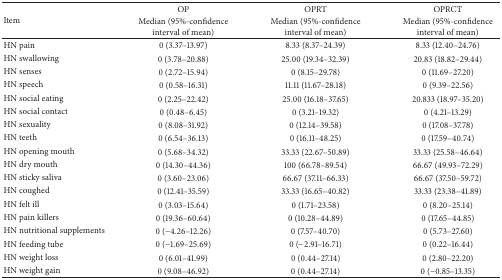
<table><thead><tr><td rowspan="2"><b>Item</b></td><td><b>OP</b></td><td><b>OPRT</b></td><td><b>OPRCT</b></td></tr><tr><td><b>Median (95%-confidence interval of mean)</b></td><td><b>Median (95%-confidence interval of mean)</b></td><td><b>Median (95%-confidence interval of mean)</b></td></tr></thead><tbody><tr><td>HN pain</td><td>0 (3.37–13.97)</td><td>8.33 (8.37–24.39)</td><td>8.33 (12.40–24.76)</td></tr><tr><td>HN swallowing</td><td>0 (3.78–20.88)</td><td>25.00 (19.34–32.39)</td><td>20.83 (18.82–29.44)</td></tr><tr><td>HN senses</td><td>0 (2.72–15.94)</td><td>0 (8.15–29.78)</td><td>0 (11.69–27.20)</td></tr><tr><td>HN speech</td><td>0 (0.58–16.31)</td><td>11.11 (11.67–28.18)</td><td>0 (9.39–22.56)</td></tr><tr><td>HN social eating</td><td>0 (2.25–22.42)</td><td>25.00 (16.18–37.65)</td><td>20.833 (18.97–35.20)</td></tr><tr><td>HN social contact</td><td>0 (0.48–6.45)</td><td>0 (3.21–19.32)</td><td>0 (4.21–13.29)</td></tr><tr><td>HN sexuality</td><td>0 (8.08–31.92)</td><td>0 (12.14–39.58)</td><td>0 (17.08–37.78)</td></tr><tr><td>HN teeth</td><td>0 (6.54–36.13)</td><td>0 (16.11–48.25)</td><td>0 (17.59–40.74)</td></tr><tr><td>HN opening mouth</td><td>0 (5.68–34.32)</td><td>33.33 (22.67–50.89)</td><td>33.33 (25.58–46.64)</td></tr><tr><td>HN dry mouth</td><td>0 (14.30–44.36)</td><td>100 (66.78–89.54)</td><td>66.67 (49.93–72.29)</td></tr><tr><td>HN sticky saliva</td><td>0 (3.60–23.06)</td><td>66.67 (37.11–66.33)</td><td>66.67 (37.50–59.72)</td></tr><tr><td>HN coughed</td><td>0 (12.41–35.59)</td><td>33.33 (16.65–40.82)</td><td>33.33 (23.38–41.89)</td></tr><tr><td>HN felt ill</td><td>0 (3.03–15.64)</td><td>0 (1.71–23.58)</td><td>0 (8.20–25.14)</td></tr><tr><td>HN pain killers</td><td>0 (19.36–60.64)</td><td>0 (10.28–44.89)</td><td>0 (17.65–44.85)</td></tr><tr><td>HN nutritional supplements</td><td>0 (−4.26–12.26)</td><td>0 (7.57–40.70)</td><td>0 (5.73–27.60)</td></tr><tr><td>HN feeding tube</td><td>0 (−1.69–25.69)</td><td>0 (−2.91–16.71)</td><td>0 (0.22–16.44)</td></tr><tr><td>HN weight loss</td><td>0 (6.01–41.99)</td><td>0 (0.44–27.14)</td><td>0 (2.80–22.20)</td></tr><tr><td>HN weight gain</td><td>0 (9.08–46.92)</td><td>0 (0.44–27.14)</td><td>0 (−0.85–13.35)</td></tr></tbody></table>